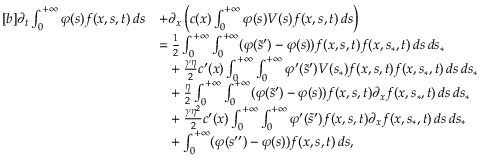
\begin{array} { r } { \begin{array} { r l } { [ b ] \partial _ { t } \int _ { 0 } ^ { + \infty } \varphi ( s ) f ( x , s , t ) \, d s } & { + \partial _ { x } \left( c ( x ) \int _ { 0 } ^ { + \infty } \varphi ( s ) V ( s ) f ( x , s , t ) \, d s \right) } \\ & { = \frac { 1 } { 2 } \int _ { 0 } ^ { + \infty } \int _ { 0 } ^ { + \infty } ( \varphi ( \tilde { s } ^ { \prime } ) - \varphi ( s ) ) f ( x , s , t ) f ( x , s _ { \ast } , t ) \, d s \, d s _ { \ast } } \\ & { \phantom { = } + \frac { \gamma \eta } { 2 } c ^ { \prime } ( x ) \int _ { 0 } ^ { + \infty } \int _ { 0 } ^ { + \infty } \varphi ^ { \prime } ( \tilde { s } ^ { \prime } ) V ( s _ { \ast } ) f ( x , s , t ) f ( x , s _ { \ast } , t ) \, d s \, d s _ { \ast } } \\ & { \phantom { = } + \frac { \eta } { 2 } \int _ { 0 } ^ { + \infty } \int _ { 0 } ^ { + \infty } ( \varphi ( \tilde { s } ^ { \prime } ) - \varphi ( s ) ) f ( x , s , t ) \partial _ { x } f ( x , s _ { \ast } , t ) \, d s \, d s _ { \ast } } \\ & { \phantom { = } + \frac { \gamma \eta ^ { 2 } } { 2 } c ^ { \prime } ( x ) \int _ { 0 } ^ { + \infty } \int _ { 0 } ^ { + \infty } \varphi ^ { \prime } ( \tilde { s } ^ { \prime } ) f ( x , s , t ) \partial _ { x } f ( x , s _ { \ast } , t ) \, d s \, d s _ { \ast } } \\ & { \phantom { = } + \int _ { 0 } ^ { + \infty } ( \varphi ( s ^ { \prime \prime } ) - \varphi ( s ) ) f ( x , s , t ) \, d s , } \end{array} } \end{array}